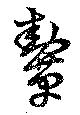
鞤